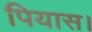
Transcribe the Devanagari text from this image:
पियास।